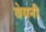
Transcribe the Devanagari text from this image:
वेयनी